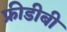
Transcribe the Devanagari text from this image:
फ्रीडीबी